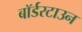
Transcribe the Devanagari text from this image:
बॉर्डरटाउन